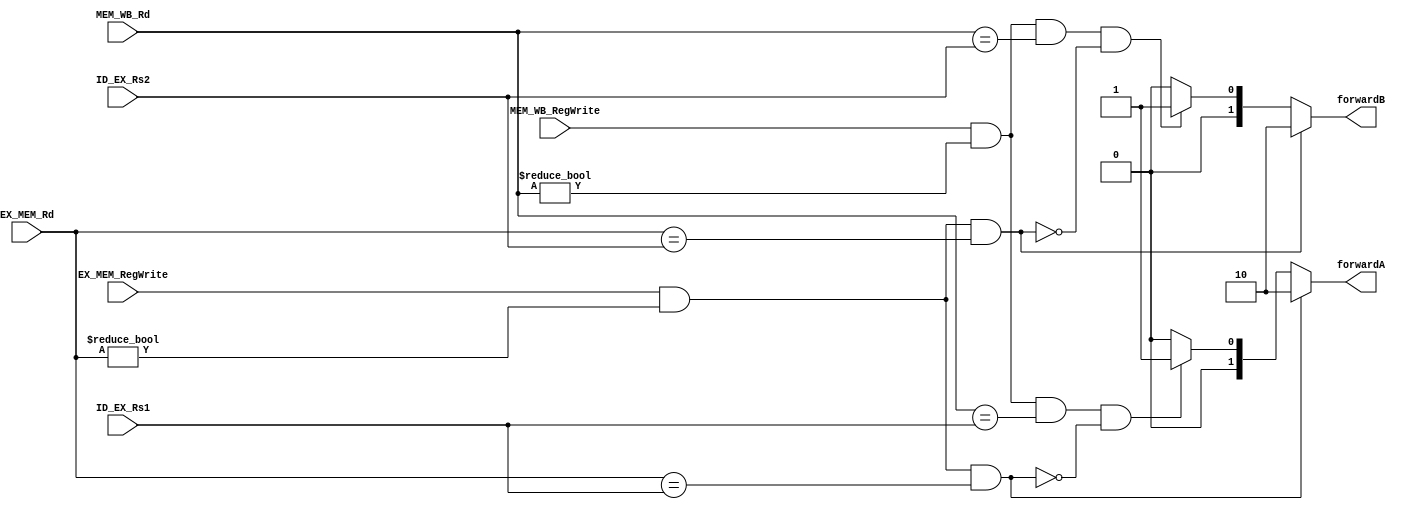
`timescale 1ns / 1ps
/*******************************************************************
*
* Module: ForwardingUnit.v
* Project: RISC-V CPU
* Description: The forwarding unit that forwards the operands to the ALU when needed
* Change history:
* 8/7/19 - We edited the Module
**********************************************************************/
module ForwardingUnit(
input [4:0]ID_EX_Rs1, 
input [4:0]ID_EX_Rs2, 
input [4:0]EX_MEM_Rd, 
input [4:0]MEM_WB_Rd,
input EX_MEM_RegWrite, 
input MEM_WB_RegWrite,
output reg [1:0] forwardA,
output reg [1:0] forwardB
    );
wire w1;
assign w1 = (EX_MEM_RegWrite && (EX_MEM_Rd != 0) && (EX_MEM_Rd == ID_EX_Rs1));
wire w2;
assign w2 = (EX_MEM_RegWrite && (EX_MEM_Rd != 0) && (EX_MEM_Rd == ID_EX_Rs2));
always @(*) begin
if(EX_MEM_RegWrite && (EX_MEM_Rd != 0) && (EX_MEM_Rd == ID_EX_Rs1))
    forwardA <= 2'b10;
else if (MEM_WB_RegWrite && (MEM_WB_Rd!=0) && (MEM_WB_Rd == ID_EX_Rs1) && (!w1))
        forwardA <= 2'b01;
else  forwardA <= 2'b00;
if(EX_MEM_RegWrite && (EX_MEM_Rd != 0) && (EX_MEM_Rd == ID_EX_Rs2))
    forwardB <= 2'b10;    
else if (MEM_WB_RegWrite && (MEM_WB_Rd!=0) && (MEM_WB_Rd == ID_EX_Rs2) && (!w2))
    forwardB <= 2'b01;
else  forwardB <= 2'b00;
end
endmodule